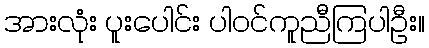
အားလုံး ပူးပေါင်း ပါဝင်ကူညီကြပါဦး။